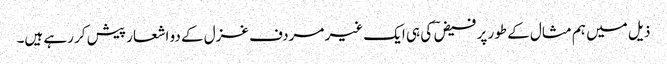
ذیل میں ہم مثال کے طور پر فیض ؔ کی ہی ایک غیر مردف غزل کے دو اشعار پیش کر رہے ہیں۔